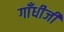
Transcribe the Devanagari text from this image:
गाँधीजी